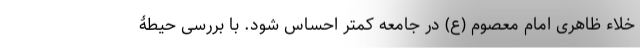
خلاء ظاهری امام معصوم (ع) در جامعه کمتر احساس شود. با بررسی حیطۀ